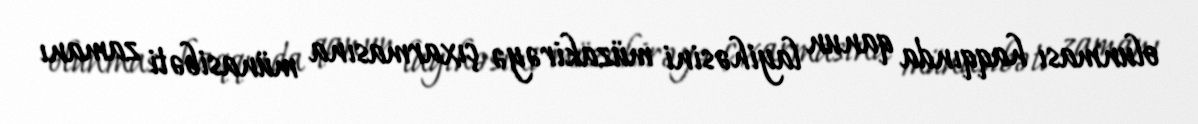
olunması haqqında qanun layihəsini müzakirəyə çıxarmasına münasibəti zamanı